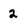
Character: 2